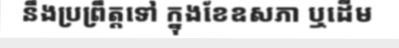
នឹងប្រព្រឹត្តទៅ ក្នុងខែឧសភា ឬដើម